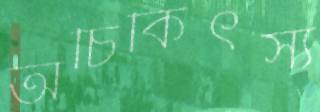
অচিকিৎস্য